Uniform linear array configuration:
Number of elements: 64
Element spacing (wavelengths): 0.25
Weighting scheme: blackman
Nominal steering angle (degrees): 30
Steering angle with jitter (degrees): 29.024
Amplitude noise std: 0.05
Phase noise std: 0.05

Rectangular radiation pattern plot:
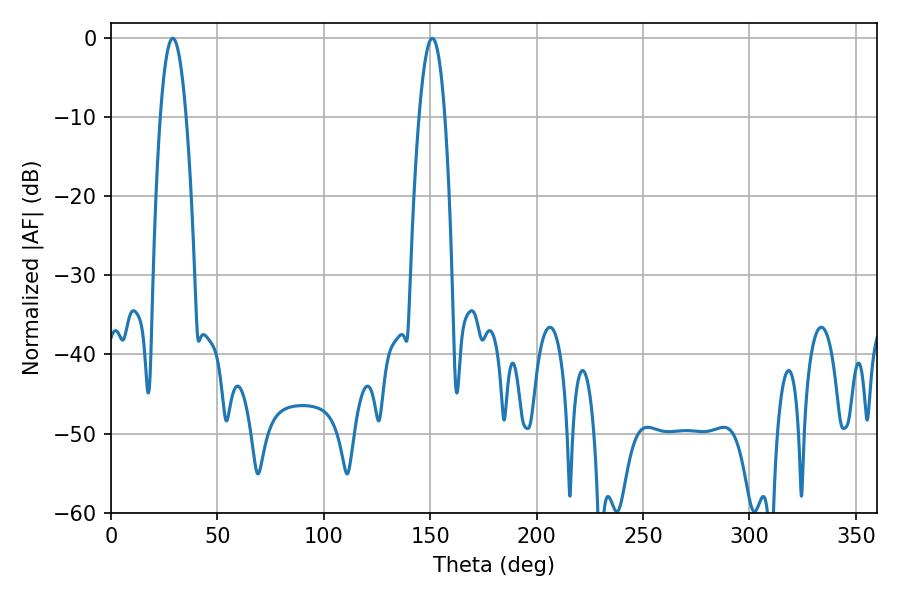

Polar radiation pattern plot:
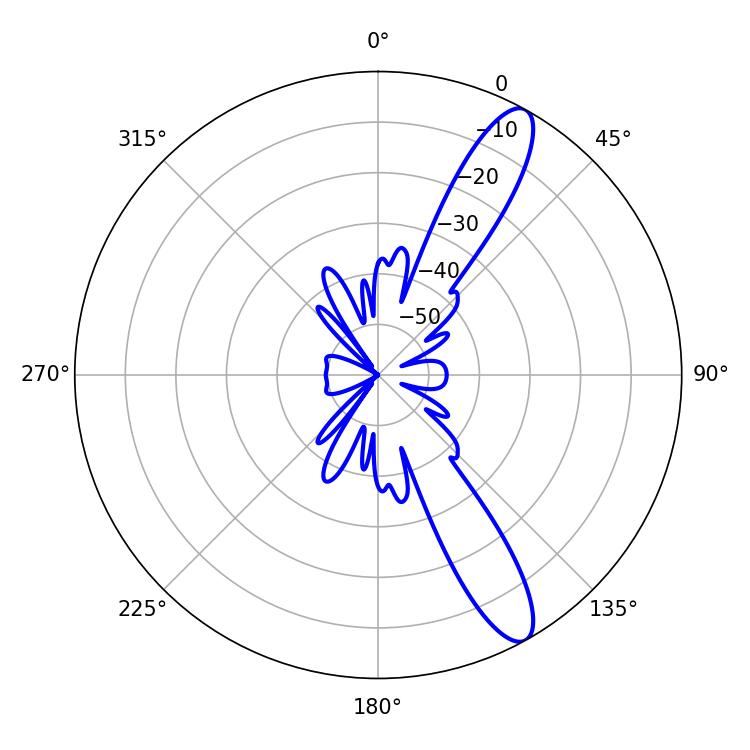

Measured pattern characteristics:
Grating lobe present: FALSE
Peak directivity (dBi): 12.138
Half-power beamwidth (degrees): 6.66
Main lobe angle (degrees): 28.98